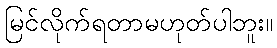
မြင်လိုက်ရတာမဟုတ်ပါဘူး။